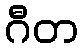
ဂီတ